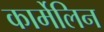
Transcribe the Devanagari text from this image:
कार्मेलिन